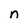
Character: n